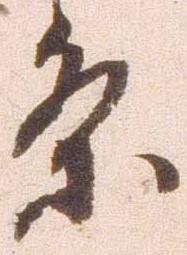
条